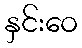
နှင်းဝေ